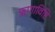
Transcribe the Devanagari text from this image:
ऋणाविष्टि